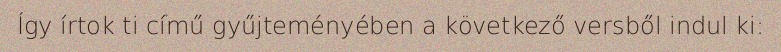
Így írtok ti című gyűjteményében a következő versből indul ki: